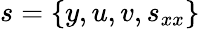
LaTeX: s=\{ y,u,v,s_{xx}\}